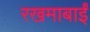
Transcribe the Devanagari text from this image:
रखमाबाईं